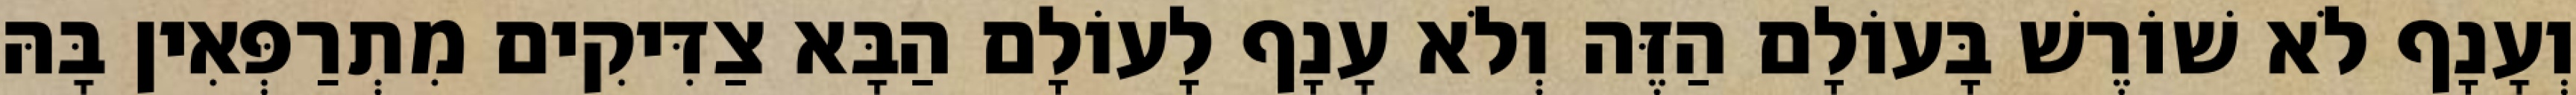
וְעָנָף לֹא שׁוֹרֶשׁ בָּעוֹלָם הַזֶּה וְלֹא עָנָף לָעוֹלָם הַבָּא צַדִּיקִים מִתְרַפְּאִין בָּהּ